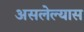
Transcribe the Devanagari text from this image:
असलेल्यास